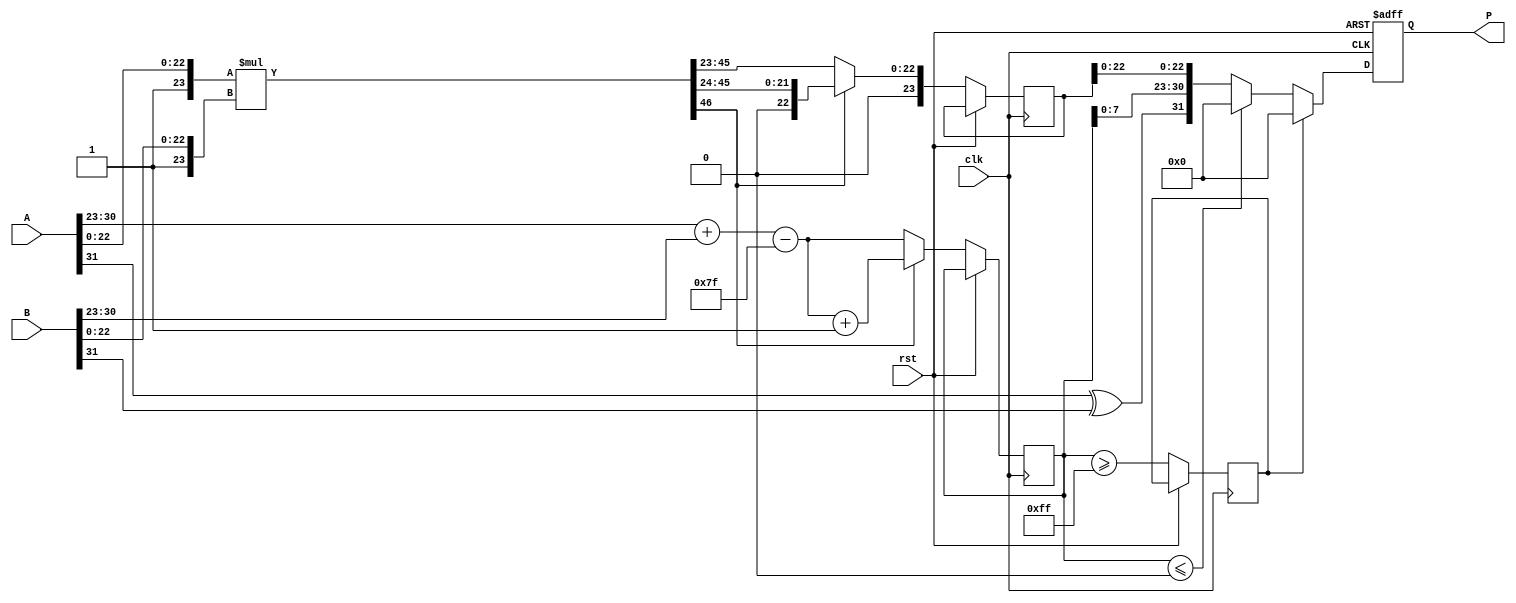
module floating_point_multiplier #(
    parameter E = 8, // Number of exponent bits
    parameter M = 23, // Number of mantissa bits
    parameter BIAS = 127 // Bias for the exponent
)(
    input wire [E+M:0] A, // Input A (sign + exponent + mantissa)
    input wire [E+M:0] B, // Input B (sign + exponent + mantissa)
    output reg [E+M:0] P, // Output P (sign + exponent + mantissa)
    input wire clk, // Clock
    input wire rst // Reset
);

    // Internal signals
    wire sign_a, sign_b;
    wire [E-1:0] exp_a, exp_b, exp_product;
    wire [M:0] mant_a, mant_b, mant_product;
    wire [2*M:0] mant_mult; // Result of mantissa multiplication
    wire [E:0] adjusted_exp; // Adjusted exponent after multiplication
    wire sign_product;

    // Extracting the fields from A and B
    assign sign_a = A[E + M];
    assign sign_b = B[E + M];
    assign exp_a = A[E + M - 1 : M];
    assign exp_b = B[E + M - 1 : M];
    assign mant_a = {1'b1, A[M - 1 : 0]}; // Implicit leading one
    assign mant_b = {1'b1, B[M - 1 : 0]}; // Implicit leading one

    // Sign calculation
    assign sign_product = sign_a ^ sign_b;

    // Exponent calculation
    assign adjusted_exp = exp_a + exp_b - BIAS;

    // Mantissa multiplication
    assign mant_mult = mant_a * mant_b; // 2M bits

    // Normalization and rounding
    reg [E:0] exp_norm;
    reg [M:0] mant_norm;
    reg overflow;

    always @(posedge clk or posedge rst) begin
        if (rst) begin
            P <= 0;
        end else begin
            // Normalization
            if (mant_mult[2*M] == 1'b1) begin // If the product is >= 2
                mant_norm <= mant_mult[2*M-1:M] >> 1; // Shift right
                exp_norm <= adjusted_exp + 1; // Increase exponent
            end else begin
                mant_norm <= mant_mult[2*M-1:M]; // No shift needed
                exp_norm <= adjusted_exp;
            end

            // Check for overflow and underflow
            overflow <= (exp_norm >= (2**E - 1));
            if (overflow) begin
                P <= {sign_product, {E{1'b1}}, 0}; // Set to infinity
            end else if (exp_norm <= 0) begin
                P <= {sign_product, 0, 0}; // Set to zero
            end else begin
                // Rounding can be added here
                P <= {sign_product, exp_norm[E-1:0], mant_norm[M-1:0]};
            end
        end
    end
endmodule